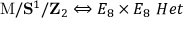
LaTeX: \mathrm { M } / { \bf S } ^ { 1 } / { \bf Z } _ { 2 } \Longleftrightarrow E _ { 8 } \times E _ { 8 } \ H e t